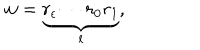
w = \underbrace { r _ { \epsilon } \cdots r _ { 0 } r _ { 1 } } _ { l } ,